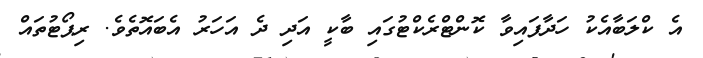
އެ ކްލަބާއެކު ހަދާފައިވާ ކޮންޓްރެކްޓުގައި ބާކީ އަދި ދެ އަހަރު އެބައޮތެވެ. ރިޕޯޓުތައް